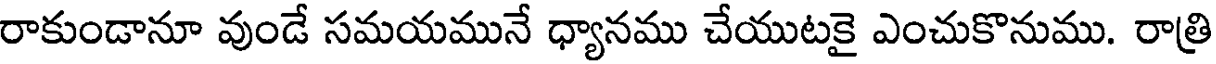
రాకుండానూ వుండే సమయమునే ధ్యానము చేయుటకై ఎంచుకొనుము. రాత్రి